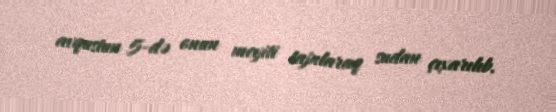
avqustun 5-də onun meyiti tapılaraq sudan çıxarılıb.